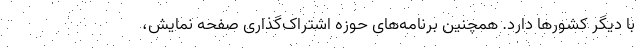
با دیگر کشورها دارد. همچنین برنامه‌های حوزه اشتراک‌گذاری صفحه نمایش،